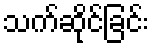
သက်ဆိုင်ခြင်း